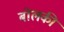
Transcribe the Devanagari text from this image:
बोलकी